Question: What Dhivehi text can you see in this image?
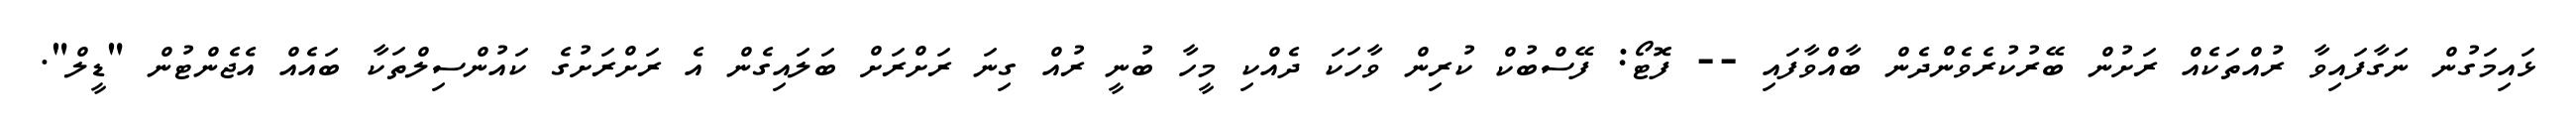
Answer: ޅައިމަގުން ނަގާފައިވާ ރުއްތަކެއް ރަށުން ބޭރުކުރެވެންދެން ބާއްވާފައި -- ފޮޓޯ: ފޭސްބުކް ކުރިން ވާހަކަ ދެއްކި މީހާ ބުނީ ރުއް ގިނަ ރަށްރަށް ބަލައިގެން އެ ރަށްރަށުގެ ކައުންސިލްތަކާ ބައެއް އެޖެންޓުން "ޑީލް".